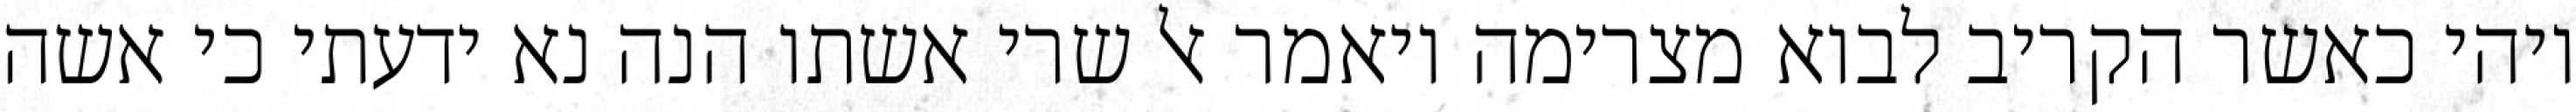
ויהי כאשר הקריב לבוא מצרימה ויאמר אל שרי אשתו הנה נא ידעתי כי אשה